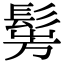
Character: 𩭎